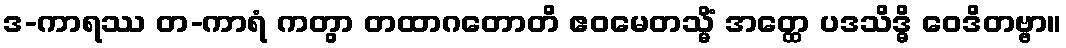
ဒ-ကာရဿ တ-ကာရံ ကတွာ တထာဂတောတိ ဧဝမေတသ္မိံ အတ္ထေ ပဒသိဒ္ဓိ ဝေဒိတဗ္ဗာ။